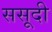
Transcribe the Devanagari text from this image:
ससूदी